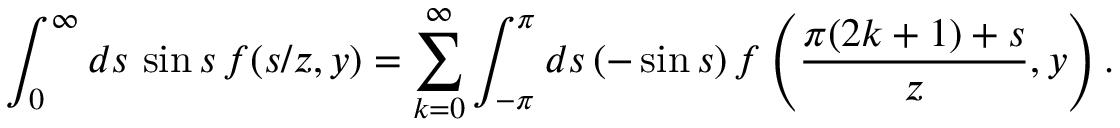
\int _ { 0 } ^ { \infty } d s \, \sin s \, f ( s / z , y ) = \sum _ { k = 0 } ^ { \infty } \int _ { - \pi } ^ { \pi } d s \, ( - \sin s ) \, f \left( \frac { \pi ( 2 k + 1 ) + s } z , y \right) .